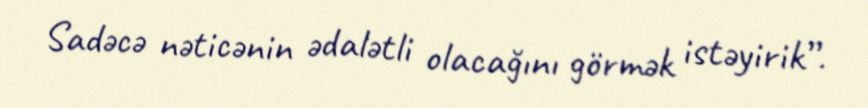
Sadəcə nəticənin ədalətli olacağını görmək istəyirik”.